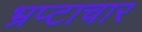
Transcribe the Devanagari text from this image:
भ्रप्टाचार